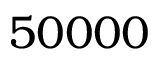
5 0 0 0 0